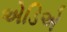
એડિએ